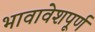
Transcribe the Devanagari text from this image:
भावावेशपूर्ण